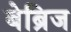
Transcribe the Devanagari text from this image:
बेब्रिज